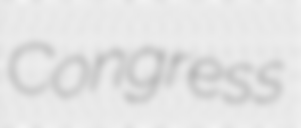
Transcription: Congress